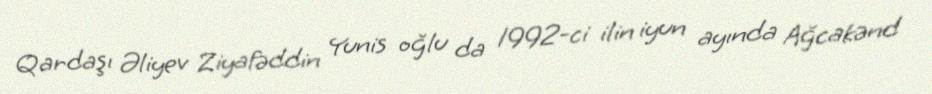
Qardaşı Əliyev Ziyafəddin Yunis oğlu da 1992-ci ilin iyun ayında Ağcakənd